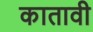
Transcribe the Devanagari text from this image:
कातावी